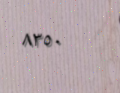
٨٣٥٠